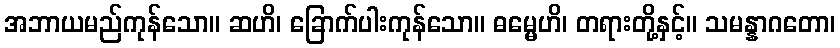
အဘာယမည်ကုန်သော။ ဆဟိ၊ ခြောက်ပါးကုန်သော။ ဓမ္မေဟိ၊ တရားတို့နှင့်။ သမန္နာဂတော၊